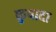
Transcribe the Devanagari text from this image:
कुषादा